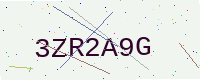
Text: 3ZR2A9G